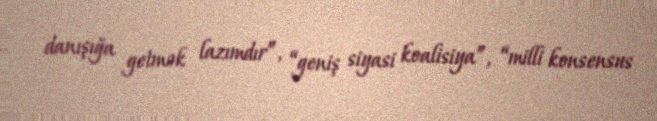
danışığa getmək lazımdır”, “geniş siyasi koalisiya”, “milli konsensus